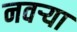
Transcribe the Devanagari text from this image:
नवर्‍या